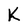
Character: K